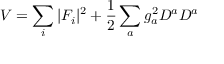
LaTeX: V = \sum _ { i } | F _ { i } | ^ { 2 } + \frac 1 2 \sum _ { a } g _ { a } ^ { 2 } D ^ { a } D ^ { a }